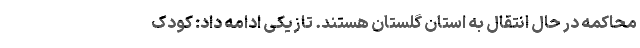
محاکمه در حال انتقال به استان گلستان هستند. تازیکی ادامه داد: کودک